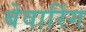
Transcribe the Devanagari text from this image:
बेवारिंग